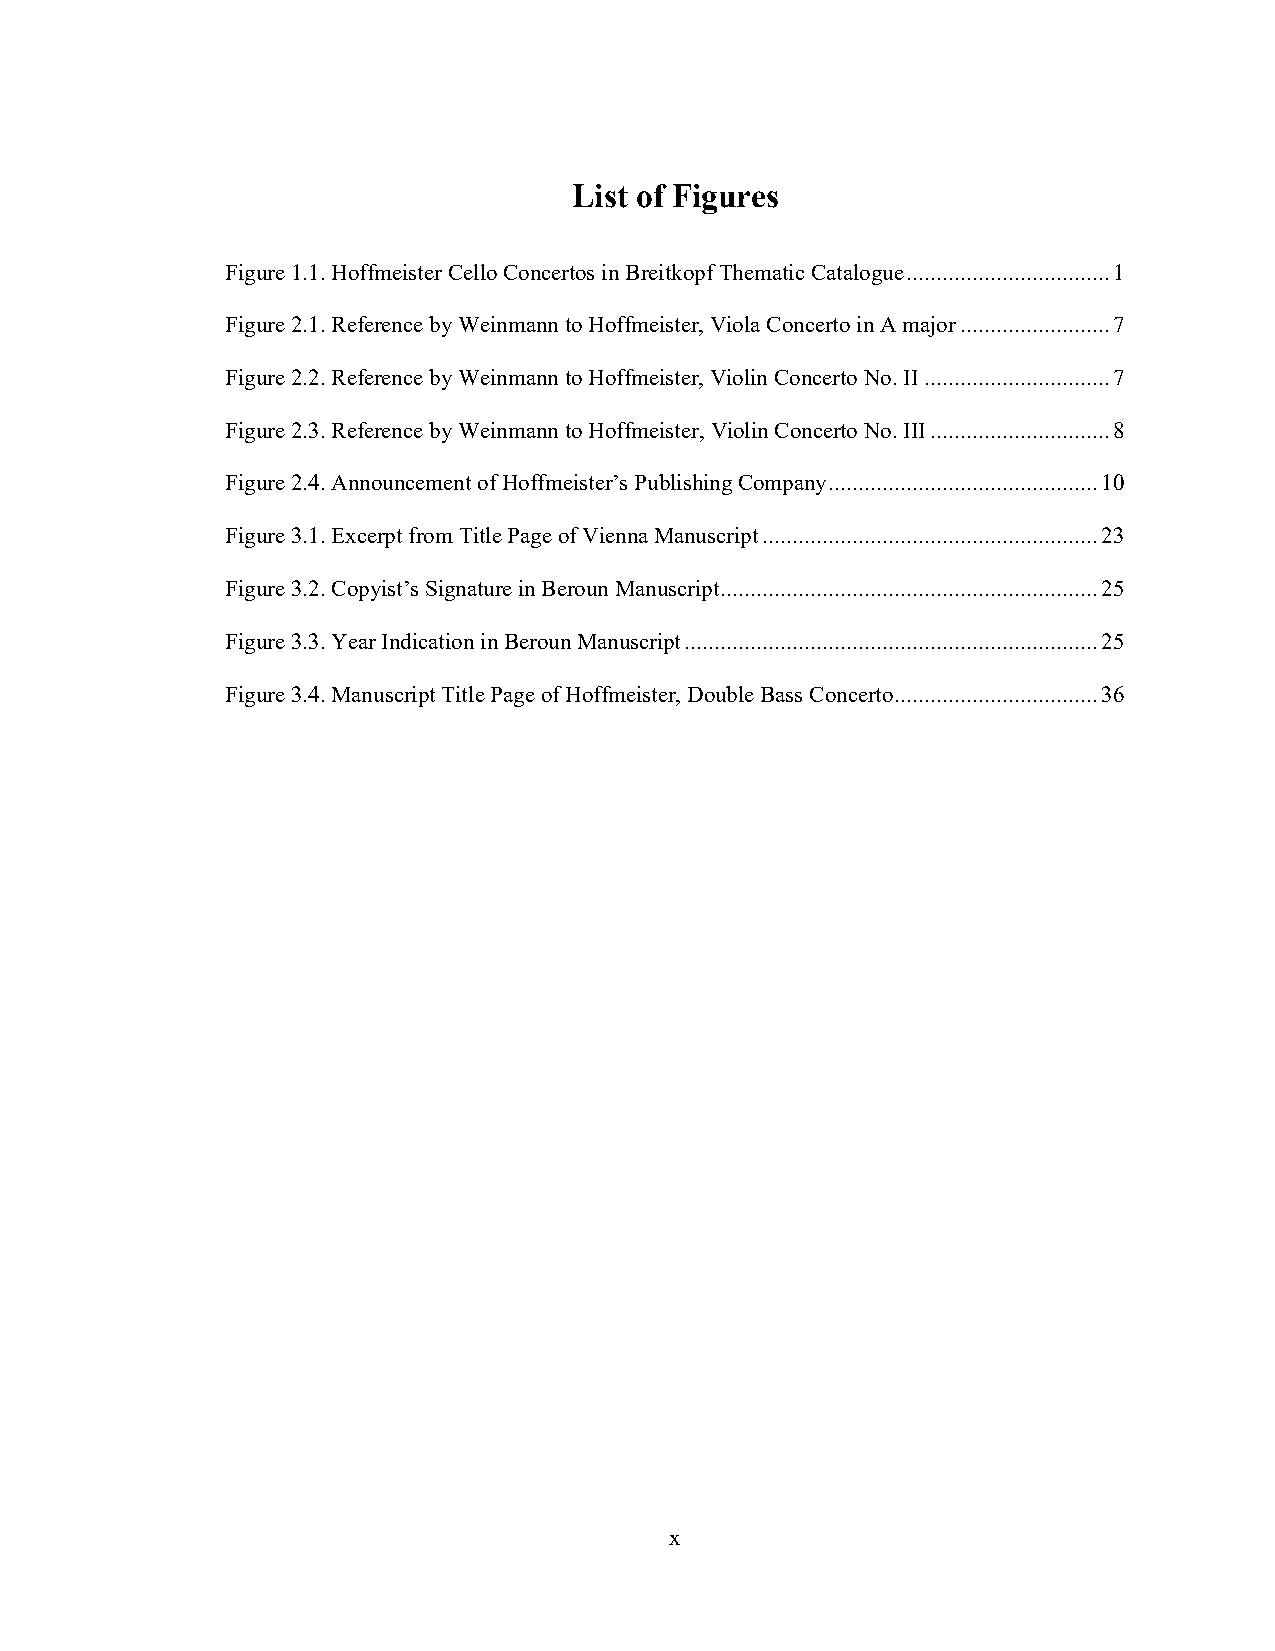
List of Figures
 Figure 1.1. Hoffmeister Cello Concertos in Breitkopf Thematic Catalogue .................................. 1
 Figure 2.1. Reference by Weinmann to Hoffmeister, Viola Concerto in A major ......................... 7
 Figure 2.2. Reference by Weinmann to Hoffmeister, Violin Concerto No. II ............................... 7
 Figure 2.3. Reference by Weinmann to Hoffmeister, Violin Concerto No. III .............................. 8
 Figure 2.4. Announcement of Hoffmeister’s Publishing Company ............................................. 10
 Figure 3.1. Excerpt from Title Page of Vienna Manuscript ........................................................ 23
 Figure 3.2. Copyist’s Signature in Beroun Manuscript ............................................................... 25
 Figure 3.3. Year Indication in Beroun Manuscript ..................................................................... 25
 Figure 3.4. Manuscript Title Page of Hoffmeister, Double Bass Concerto .................................. 36
 x